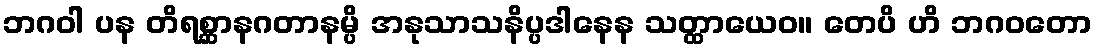
ဘဂဝါ ပန တိရစ္ဆာနဂတာနမ္ပိ အနုသာသနိပ္ပဒါနေန သတ္ထာယေဝ။ တေပိ ဟိ ဘဂဝတော